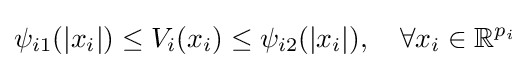
\psi _{i1}(|x_{i}|)\leq V_{i}(x_{i})\leq \psi _{i2}(|x_{i}|),\quad \forall x_{i}\in \mathbb {R} ^{p_{i}}